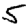
Digit: 5